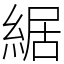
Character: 䋧